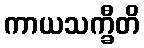
ကာယသက္ခီတိ